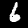
Label: 6